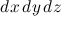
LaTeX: d x \, d y \, d z